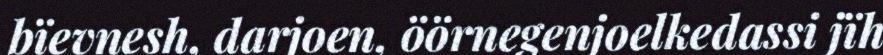
bïevnesh, darjoen, öörnegenjoelkedassi jïh